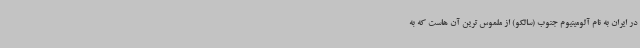
در ایران به نام آلومینیوم جنوب (سالکو) از ملموس ترین آن هاست که به